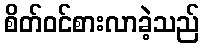
စိတ်ဝင်စားလာခဲ့သည်